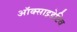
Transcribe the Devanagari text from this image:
ऑक्साइडेटिव